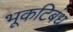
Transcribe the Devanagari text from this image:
भूकटिबंध